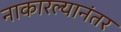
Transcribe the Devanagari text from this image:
नाकारल्यानंतर